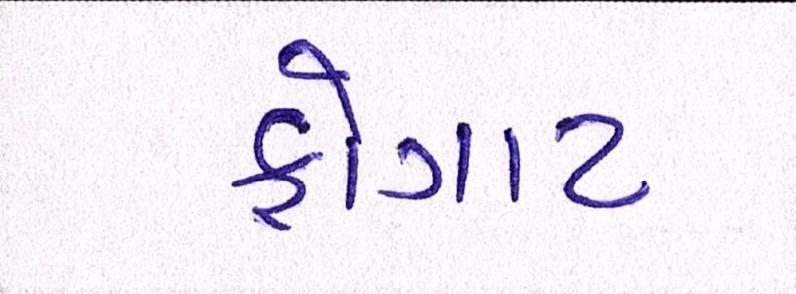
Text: ફોગાટ